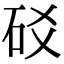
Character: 䂚